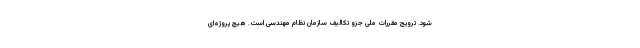
شود. ترویج مقررات ملی جزو تکالیف سازمان نظام مهندسی است. هیچ پروژه‌ای